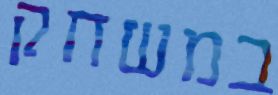
במשחק